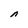
Character: n